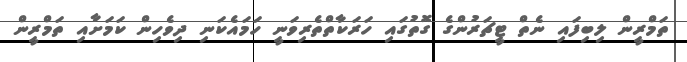
ތަމްރީން ލިބިފައި ނެތް ޓީޗަރުންގެ ގޮތުގައި ހަރަކާތްތެރިވަނީ ހަމައެކަނި ދިވެހިން ކަމަށާއި ތަމްރީން